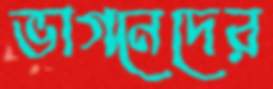
ভাগনেদের